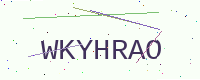
Text: WKYHRAO